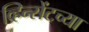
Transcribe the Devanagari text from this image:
व्हिन्सेंटच्या